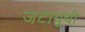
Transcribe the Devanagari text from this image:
जटायूची